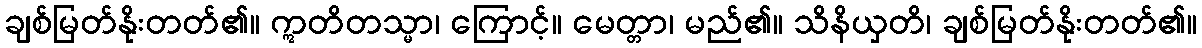
ချစ်မြတ်နိုးတတ်၏။ ဣတိတသ္မာ၊ ကြောင့်။ မေတ္တာ၊ မည်၏။ သိနိယှတိ၊ ချစ်မြတ်နိုးတတ်၏။